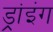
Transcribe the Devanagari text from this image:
ड्रांइंग